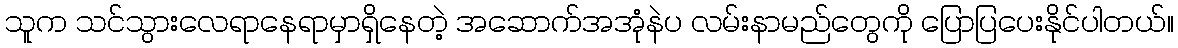
သူက သင်သွားလေရာနေရာမှာရှိနေတဲ့ အဆောက်အအုံနဲပ လမ်းနာမည်တွေကို ပြောပြပေးနိုင်ပါတယ်။